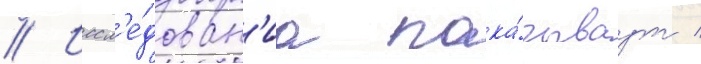
// Иссл'е́дован'иа пока́зываут /